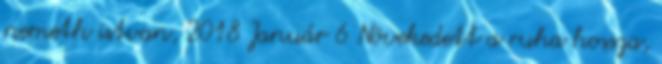
nemeth istvan, 2018 Január 6 Növekedett a ruha hossza,